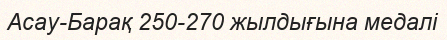
Асау-Барақ 250-270 жылдығына медалі